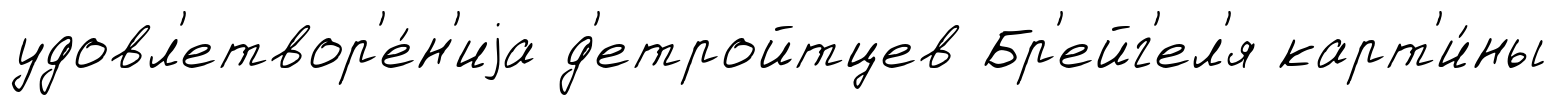
удовл'етвор'е́н'иjа д'етройтцев Бр'ейг'ел'я карт'и́ны